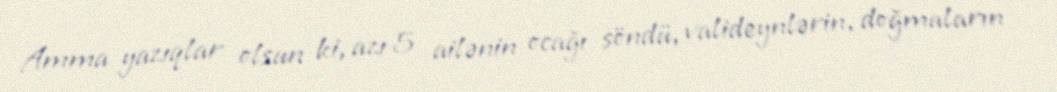
Amma yazıqlar olsun ki, azı 5 ailənin ocağı söndü, valideynlərin, doğmaların